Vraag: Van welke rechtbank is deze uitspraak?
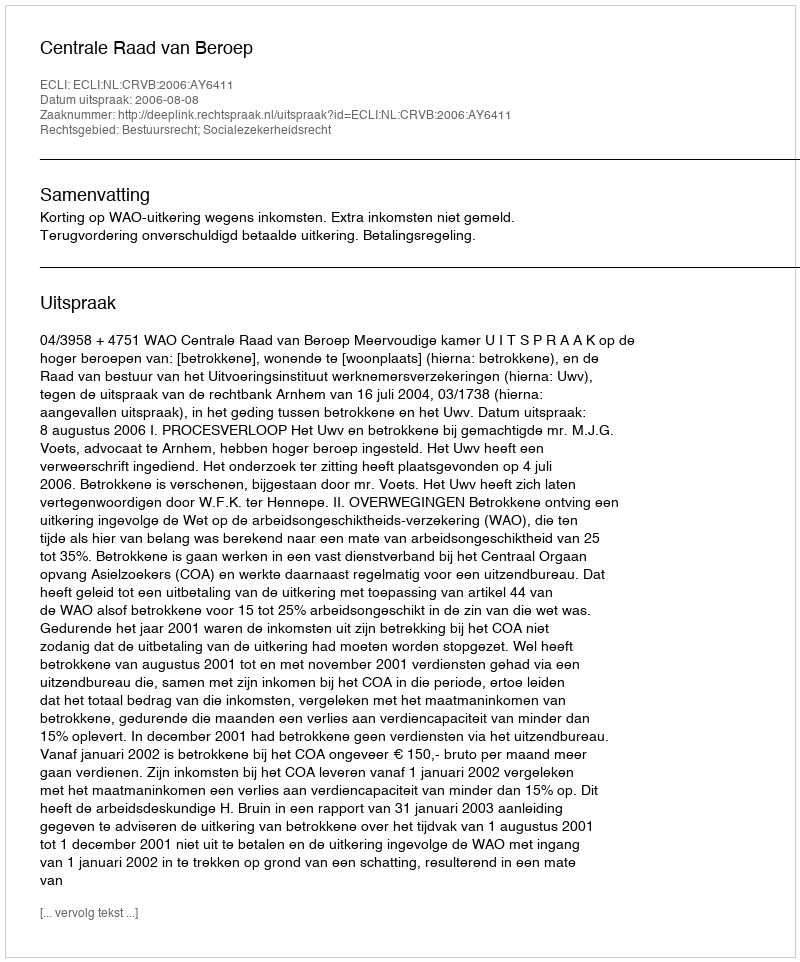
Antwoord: Centrale Raad van Beroep